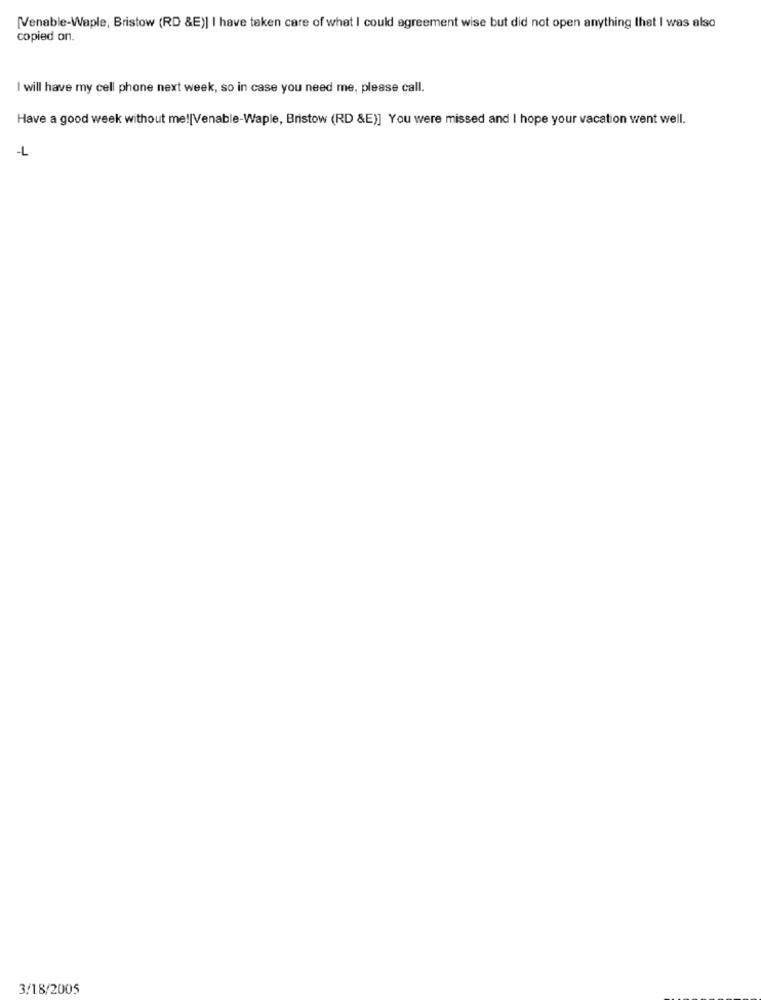
[Venable-Waple, Bristow (RD &E)] I have taken care of what I could agreement wise but did not open anything that I was also
copied on.
I will have my cell phone next week, so in case you need me, please call.
Have a good week without me![Venable-Waple, Bristow (RD &E)] You were missed and I hope your vacation went well.
-L
3/18/2005